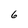
Character: 6